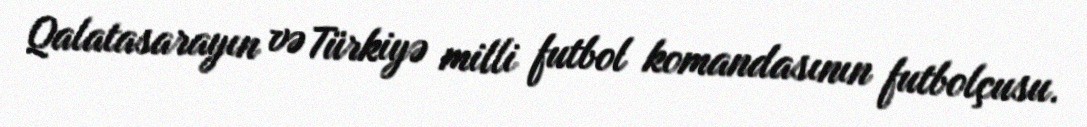
Qalatasarayın və Türkiyə milli futbol komandasının futbolçusu.